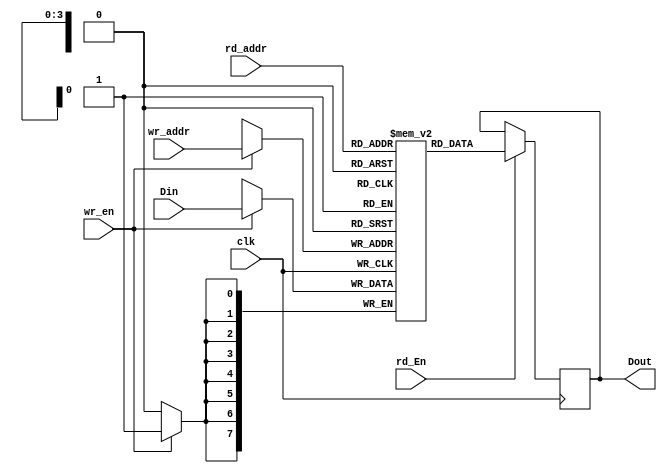
module dual_port_ram(clk,Din,Dout,wr_en,wr_addr,rd_En,rd_addr);
input [7:0]Din;
input [3:0]wr_addr;
input [3:0]rd_addr;
input wr_en,rd_En,clk;
output reg [7:0]Dout;
reg [7:0] Mem [15:0];
always @(posedge clk)
begin
if(wr_en)
    Mem[wr_addr]<=Din;
if(rd_En)
    Dout <=Mem[rd_addr];
end
endmodule